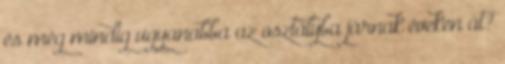
és még mindig ugyanabba az osztályba járnak éveken át?